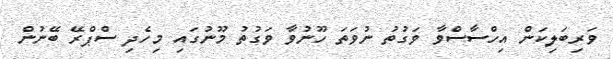
ވަރިބަލިކަން އިހްސާސްވާ ވަގުތު ނުވަތަ ހޫނުވާ ވަގުތު މޫނުގައި މިހެދި ސްޕްރޭ ބޭނުން